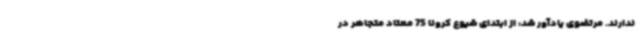
ندارند. مرتضوی یادآور شد: از ابتدای شیوع کرونا 75 معتاد متجاهر در